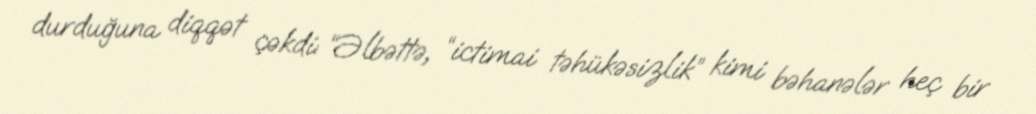
durduğuna diqqət çəkdi: “Əlbəttə, “ictimai təhükəsizlik” kimi bəhanələr heç bir